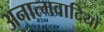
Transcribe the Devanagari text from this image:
अनात्मवादियों